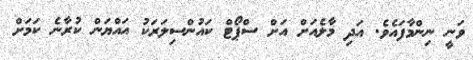
ވަނީ ނިންމާފައެވެ. އަދި މާލެއަށް އަށް ސްޕޯޓް ކައުންސިލަރަކު އައްޔަން ކުރާނެ ކަމަށް